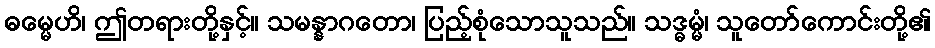
ဓမ္မေဟိ၊ ဤတရားတို့နှင့်။ သမန္နာဂတော၊ ပြည့်စုံသောသူသည်။ သဒ္ဓမ္မံ၊ သူတော်ကောင်းတို့၏